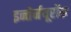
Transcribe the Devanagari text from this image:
इन्तेर्नयूरोंस